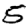
Digit: 5